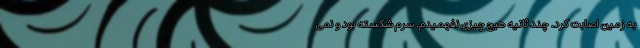
به زمین اصابت کرد. چند ثانیه هیچ چیزی نفهمیدم. سرم شکسته بود و نمی